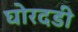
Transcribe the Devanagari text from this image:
घोरदडी